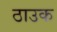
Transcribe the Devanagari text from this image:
ठाउक